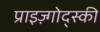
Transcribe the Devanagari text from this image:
प्राइज़्गोद्स्की